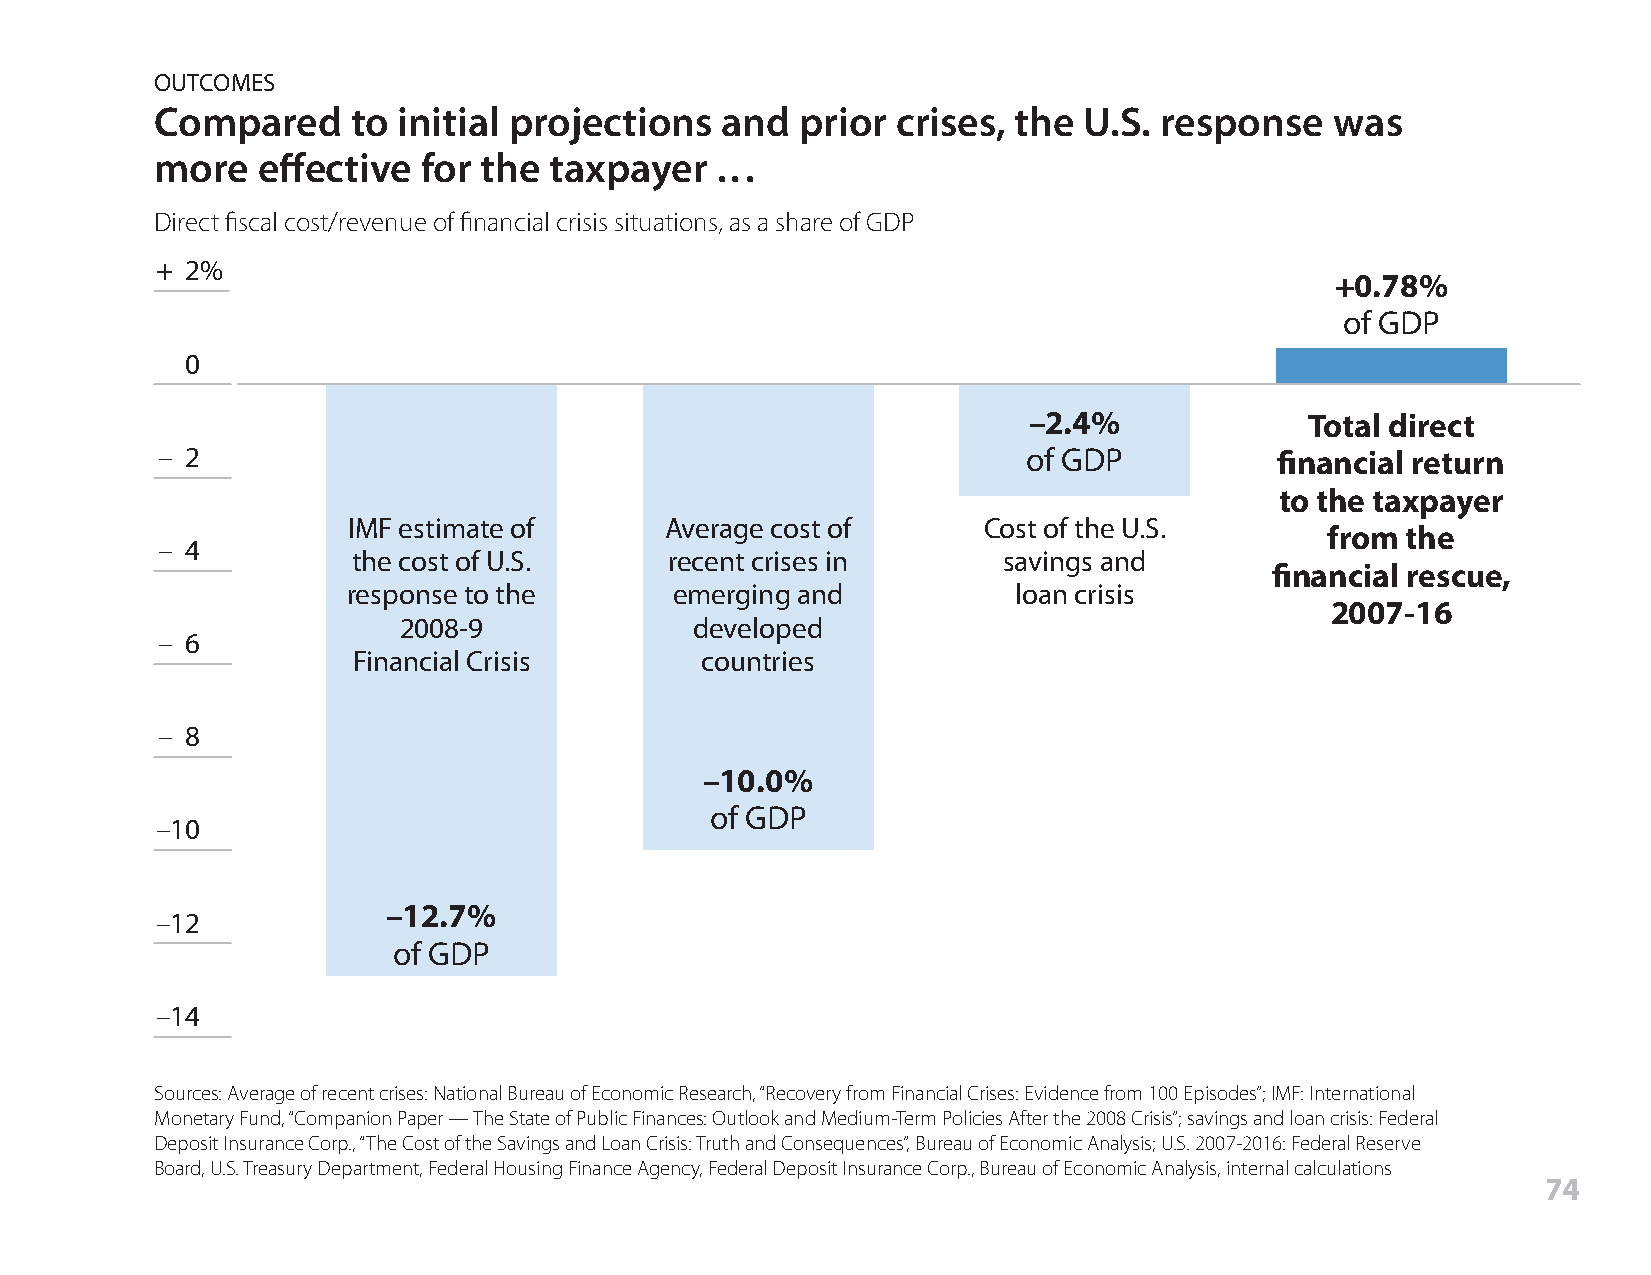
OUTCOMES
 Compared     to initial projections   and  prior crises, the  U.S. response   was
 more   effective  for the taxpayer   . . .
 Direct fiscal cost/revenue of financial crisis situations, as a share of GDP
 + 2%
 +0.78%
 of GDP
 0
 –2.4%              Total direct
 – 2                                                       of GDP           financial return
 to the taxpayer
 IMF estimate of      Average cost of      Cost of the U.S.
 from the
 – 4
 the cost of U.S.     recent crises in      savings and
 financial rescue,
 response to the      emerging and           loan crisis
 2007-16
 2008-9              developed
 – 6
 Financial Crisis       countries
 – 8
 –10.0%
 of GDP
 –10
 –12.7%
 –12
 of GDP
 –14
 Sources: Average of recent crises: National Bureau of Economic Research, “Recovery from Financial Crises: Evidence from 100 Episodes”; IMF: International
 Monetary Fund, “Companion Paper — The State of Public Finances: Outlook and Medium-Term Policies After the 2008 Crisis”; savings and loan crisis: Federal
 Deposit Insurance Corp., “The Cost of the Savings and Loan Crisis: Truth and Consequences”, Bureau of Economic Analysis; U.S. 2007-2016: Federal Reserve
 Board, U.S. Treasury Department, Federal Housing Finance Agency, Federal Deposit Insurance Corp., Bureau of Economic Analysis, internal calculations
 74